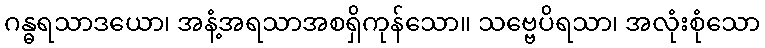
ဂန္ဓရသာဒယော၊ အနံ့အရသာအစရှိကုန်သော။ သဗ္ဗေပိရသာ၊ အလုံးစုံသော